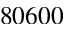
8 0 6 0 0